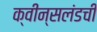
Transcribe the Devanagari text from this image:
क्वीन्सलंडची